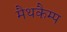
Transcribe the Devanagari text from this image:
मैथकैम्प